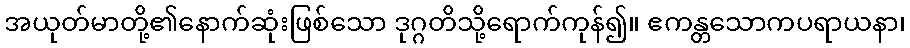
အယုတ်မာတို့၏နောက်ဆုံးဖြစ်သော ဒုဂ္ဂတိသို့ရောက်ကုန်၍။ ဧကန္တသောကပရာယနာ၊